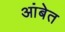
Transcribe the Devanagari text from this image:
आंबेत